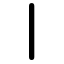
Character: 丨